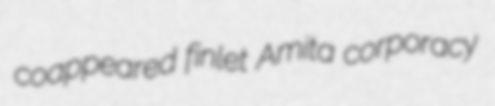
coappeared finlet Amita corporacy